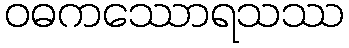
ဝဓကဿောရသဿ